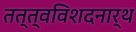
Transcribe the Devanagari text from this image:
तत्त्वविशदनार्थ